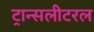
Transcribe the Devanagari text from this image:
ट्रान्सलीटरल